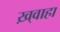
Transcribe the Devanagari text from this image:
ख़्वाहा